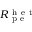
R _ { \mathrm { ~ p ~ e ~ } } ^ { \mathrm { ~ h ~ e ~ t ~ } }